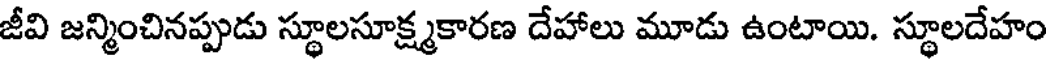
జీవి జన్మించినప్పుడు స్థూలసూక్ష్మకారణ దేహాలు మూడు ఉంటాయి. స్థూలదేహం